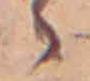
ゝ